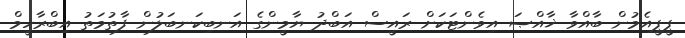
ޕީޕީއެމުން ބާއްވާ ޚާއްޞަ އިވެންޓަކަށް ރައީސް އަބްދު ޔާމީންގެ އަނބިކަނބަލުން ފާތުމަތު އިބްރާހީމް